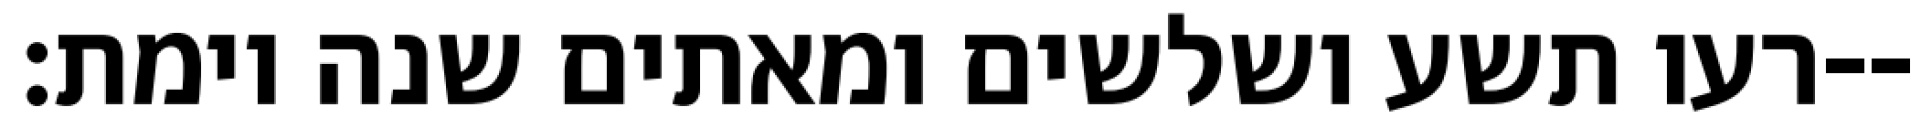
רעו תשע ושלשים ומאתים שנה וימת׃--